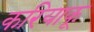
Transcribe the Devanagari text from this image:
करियाकू